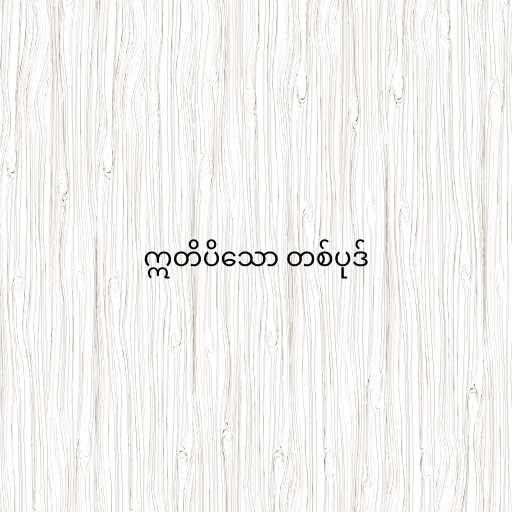
ဣတိပိသော တစ်ပုဒ်